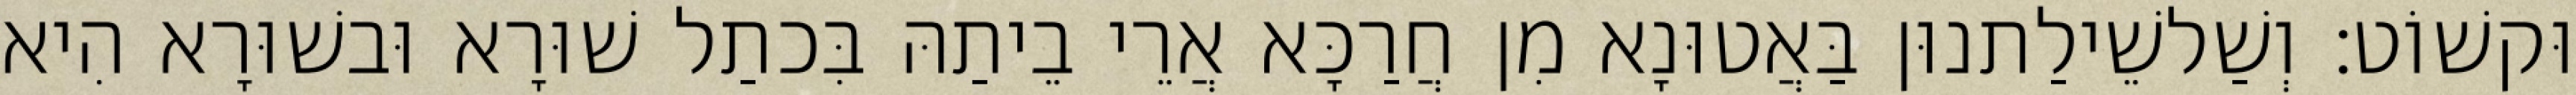
וּקשׁוֹט׃ וְשַׁלשֵׁילַתנוּן בַּאֲטוּנָא מִן חֲרַכָּא אֲרֵי בֵיתַהּ בִּכתַל שׁוּרָא וּבשׁוּרָא הִיא